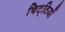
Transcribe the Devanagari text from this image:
चिट्‌ठियाँ